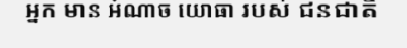
អ្នក មាន អំណាច យោធា របស់ ជនជាតិ